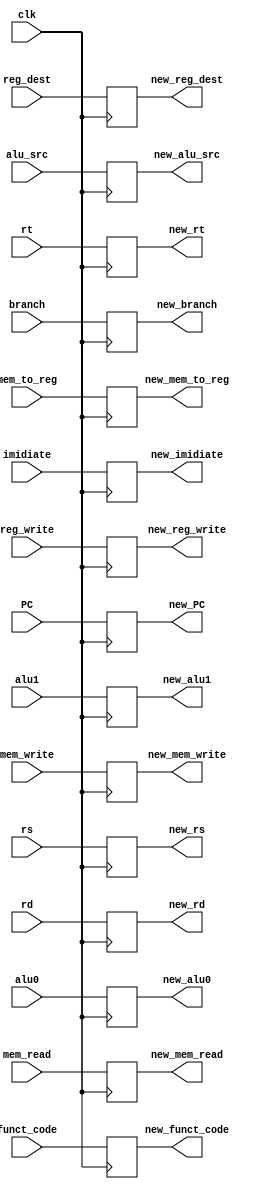
`timescale 1ns / 1ps
//////////////////////////////////////////////////////////////////////////////////
// Company: 
// Engineer: 
// 
// Design Name: 
// Module Name: ID_REG_register
// Project Name: 
// Target Devices: 
// Tool Versions: 
// Description: 
// 
// Dependencies: 
// 
// Revision:
// Revision 0.01 - File Created
// Additional Comments:
// 
//////////////////////////////////////////////////////////////////////////////////


module ID_REG_register(
input wire [31:0] PC,
input wire reg_dest,
input wire alu_src,
input wire mem_to_reg,
input wire reg_write,
input wire mem_read,
input wire mem_write,
input wire branch,
input wire alu0,
input wire alu1,
input wire [4:0] rs,
input wire [4:0] rt,
input wire [4:0] rd,
input wire [15:0] imidiate,
input wire [5:0] funct_code,
output reg [31:0] new_PC,
output reg new_reg_dest,
output reg new_alu_src,
output reg new_mem_to_reg,
output reg new_reg_write,
output reg new_mem_read,
output reg new_mem_write,
output reg new_branch,
output reg new_alu0,
output reg new_alu1,
output reg [4:0] new_rs,
output reg [4:0] new_rt,
output reg [4:0] new_rd,
output reg [15:0] new_imidiate,
output reg [5:0] new_funct_code,
input wire clk
    );
    always@(posedge clk)
    begin
    new_PC[31:0] <= PC[31:0];
    new_reg_dest <= reg_dest;
    new_alu_src <= alu_src;
    new_mem_to_reg <= mem_to_reg;
    new_reg_write <= reg_write;
    new_mem_read <= mem_read;
    new_mem_write <= mem_write;
    new_branch <= branch;
    new_alu0 <= alu0;
    new_alu1 <= alu1;
    new_rs[4:0] <= rs[4:0];
    new_rt[4:0] <= rt[4:0];
    new_rd[4:0] <= rd[4:0];
    new_imidiate[15:0] <= imidiate[15:0];
    new_funct_code[5:0] <= funct_code;
    end
endmodule